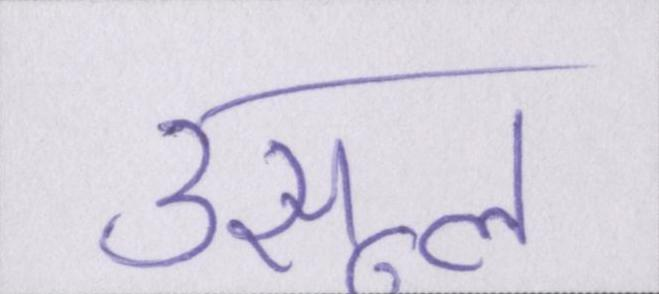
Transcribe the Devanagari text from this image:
उसूल